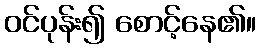
ဝင်ပုန်း၍ စောင့်နေ၏။